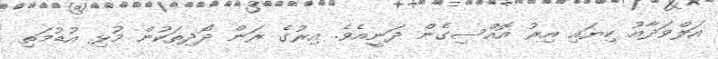
އަލްވަދާއު ކިޔައި އިރު އޮއްސިގެން ދަނީއެވެ. އިރުގެ ރަން ދޯދިތަކުން މުޅި އުޑުމަތި